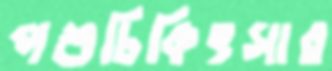
পশুচিকিৎসার